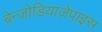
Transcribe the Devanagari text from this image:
बेन्जोडियाज़ेपाइंस